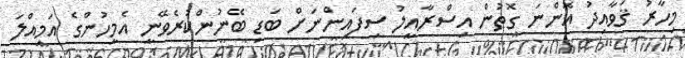
މިހާރު ޤަވާއިދު އޮންނަ ގޮތުން އިސްރާއީލު ސިފައިންނަށް ބަޑި ބޭނުންކުރެވޭނީ އެމީހުންގެ އަމިއްލަ